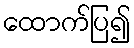
ထောက်ပြ၍